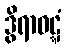
ဒွိရာဝဋ္ဋံ